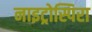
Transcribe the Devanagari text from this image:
नाइट्रोस्पिरा